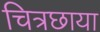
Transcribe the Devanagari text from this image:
चित्रछाया